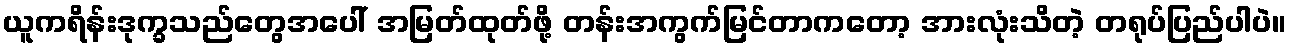
ယူကရိန်းဒုက္ခသည်တွေအပေါ် အမြတ်ထုတ်ဖို့ တန်းအကွက်မြင်တာကတော့ အားလုံးသိတဲ့ တရုပ်ပြည်ပါပဲ။